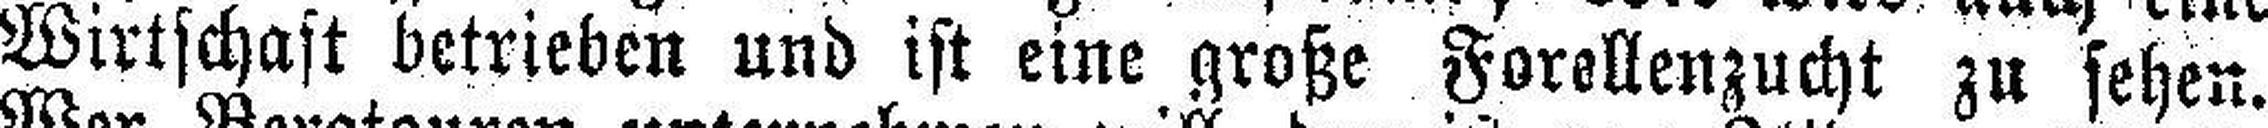
Wirtschaft betrieben und ist eine große Forellenzucht zu sehen.